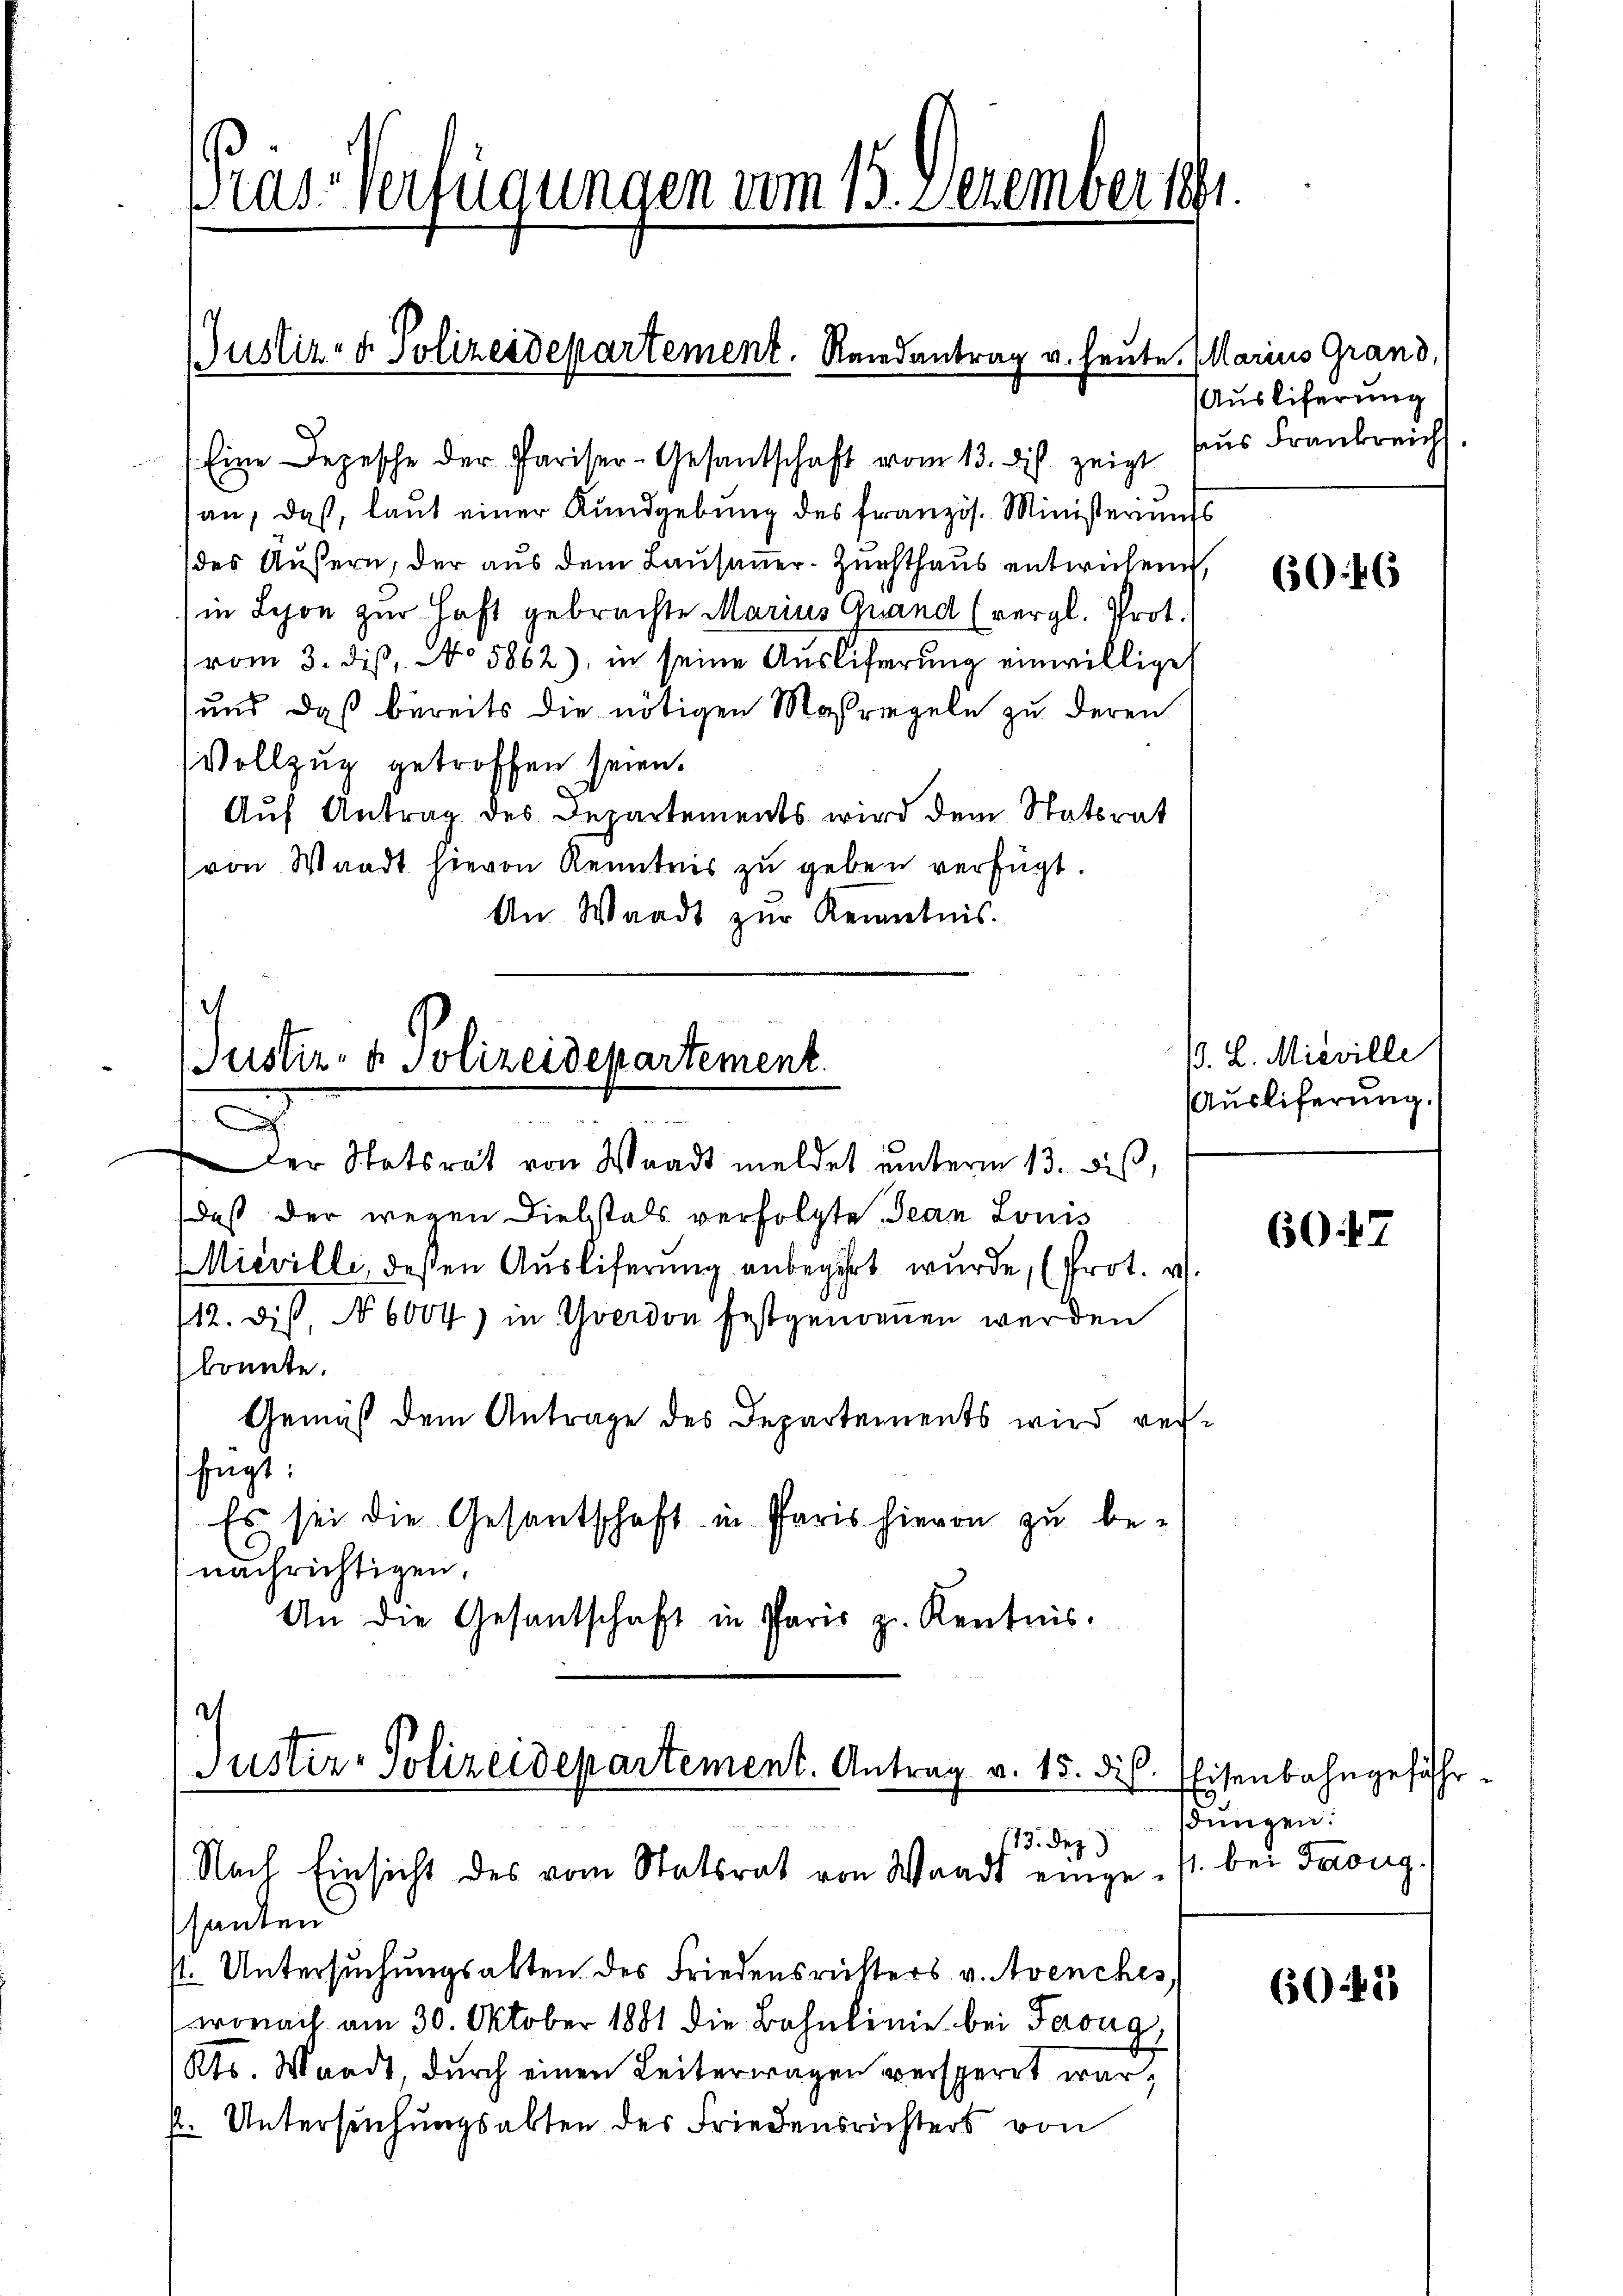
as-Verfügungen vom 15. Dezember 1891

Justiz- & Polizeidepartement. Reidantrag u. heute.

Eine Depesche der Pariser-Gesantschaft vom 13. dis zeigt
san, daß, laut einer Kundgebung des französ. Ministerunds
des Äußern, der aus dem Lausaner-Zuchthaus entwichene,
in Schon zur Haft gebrachte Marius Quand (vergl. Prot.
vom 3. dis, No 5862), in seine Ausliferung einwillige
und daß bereits die nötigen Massregeln zu deren
Vollzug getroffen seien.
Auf Antrag des Departements wird dem Statsrat
von Waadt hievon Kenntnis zu geben verfügt.
An Waadt zur Kenntnis.
.

Justiz- & Polizeidepartement.

.
Der Statsrat von Waadt meldet unterm 13. dis,
daß der wegen Diebstals verfolgte Jean Louis
Mievilli, dessen Auslieferung anbegehrt wurde, (Prot. v.
112. dis, No 6004) in Yverdon festgenommen werden
konnte.
Gemäß dem Antrage des Departements wird verfügt:
Es sei die Gesantschaft in Paris hievon zu benachrichtigen.
An die Gesantschaft in Paris z. Kentnis.

d
Justiz- Polizeidepartement. Antrag v. 15. d.
173. Dez
Nach Einsicht des vom Statsrat von Waadt einge¬

santen
st. Untersuchungsabten des Friedensrütters v. Avenches
wonach am 30. Oktober 1881 die Bahnlinie bei Taug,
Kts. Wardt, durch einen Leiterwagen versperrt war,
P. Untersuchungsabten des Friedensrichters von

Marius Grand,
Auslieferung
aus Frankreich

6046

(. L. Misville
Auslieferung.

6047

Eisenbahngeführ
dungen.
1. bei Taug.

6042